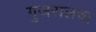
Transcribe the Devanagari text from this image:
गुजरालचा